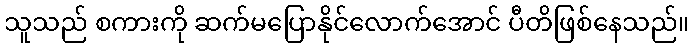
သူသည် စကားကို ဆက်မပြောနိုင်လောက်အောင် ပီတိဖြစ်နေသည်။